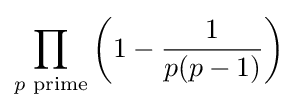
\prod _{p{\text{ prime}}}\left(1-{\frac {1}{p(p-1)}}\right)